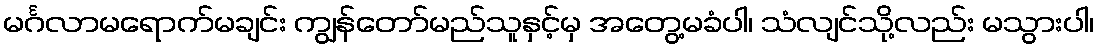
မင်္ဂလာမရောက်မချင်း ကျွန်တော်မည်သူနှင့်မှ အတွေ့မခံပါ၊ သံလျင်သို့လည်း မသွားပါ၊